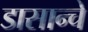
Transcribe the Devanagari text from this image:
डासान्चे